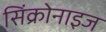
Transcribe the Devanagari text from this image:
सिंक्रोनाइज